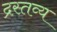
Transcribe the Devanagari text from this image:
द्रस्तव्य